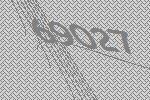
69027